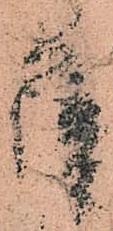
薩